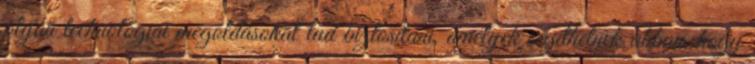
olyan technológiai megoldásokat tud biztosítani, amelyek segíthetnek abban, hogy